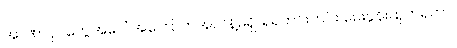
အာဏာပိုင်တွေအပေါ် အကြောက်အလန့်မရှိ၊ ရဲရဲတင်းတင်း မေးခွန်းထုတ်ရဲတာ၊